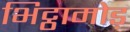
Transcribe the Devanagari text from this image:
भिट्ठामोड़